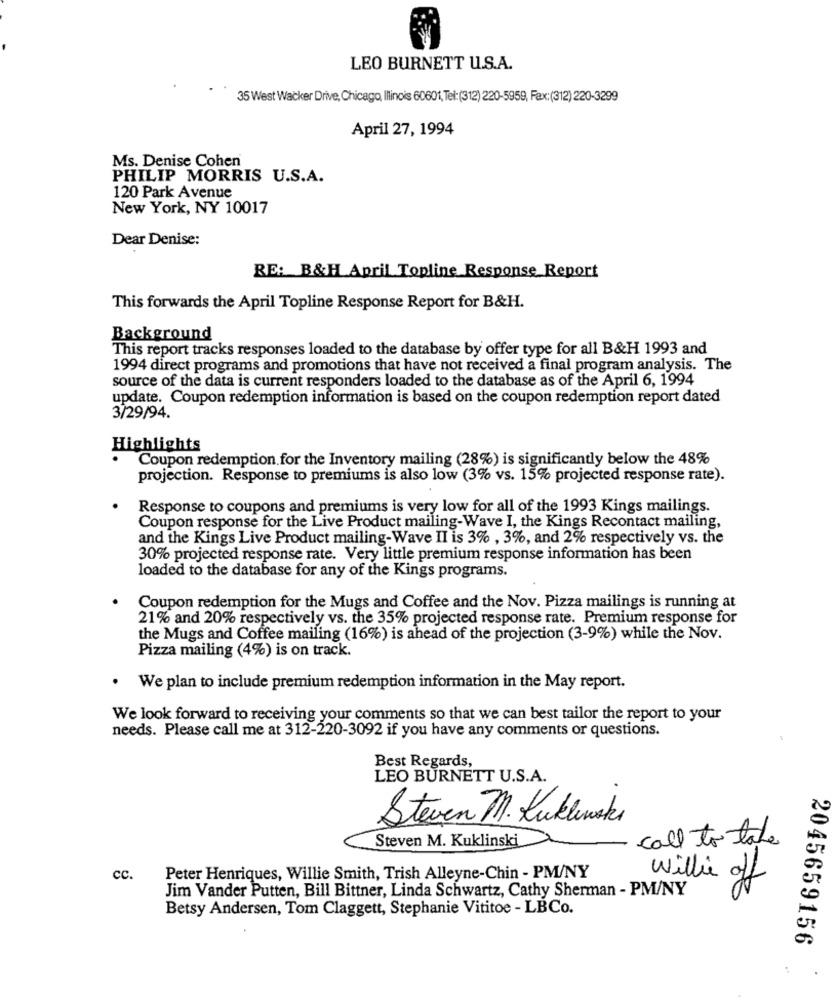
LEO BURNETT U.S.A.
35 West Wacker Drive, Chicago, Illinois 60601, Tel:(312) 220-5959, Fax: (312) 220-3299
April 27, 1994
Ms. Denise Cohen
PHILIP MORRIS U.S.A.
120 Park Avenue
New York, NY 10017
Dear Denise:
RE: B&H April Topline Response Report
This forwards the April Topline Response Report for B&H.
Background
This report tracks responses loaded to the database by offer type for all B&H 1993 and
1994 direct programs and promotions that have not received a final program analysis. The
source of the data is current responders loaded to the database as of the April 6, 1994
update. Coupon redemption information is based on the coupon redemption report dated
3/29/94.
Highlights
Coupon redemption for the Inventory mailing (28%) is significantly below the 48%
projection. Response to premiums is also low (3% vs. 15% projected response rate).
Response to coupons and premiums is very low for all of the 1993 Kings mailings.
Coupon response for the Live Product mailing-Wave I, the Kings Recontact mailing,
and the Kings Live Product mailing-Wave II is 3% , 3%, and 2% respectively vs. the
30% projected response rate. Very little premium response information has been
loaded to the database for any of the Kings programs.
Coupon redemption for the Mugs and Coffee and the Nov. Pizza mailings is running at
21% and 20% respectively vs. the 35% projected response rate. Premium response for
the Mugs and Coffee mailing (16%) is ahead of the projection (3-9%) while the Nov.
Pizza mailing (4%) is on track.
. We plan to include premium redemption information in the May report.
We look forward to receiving your comments so that we can best tailor the report to your
needs. Please call me at 312-220-3092 if you have any comments or questions.
Best Regards,
LEO BURNETT U.S.A.
Steven M. Kukliwaki
Steven M. Kuklinski
call to take
cc.
Peter Henriques, Willie Smith, Trish Alleyne-Chin - PM/NY
Jim Vander Putten, Bill Bittner, Linda Schwartz, Cathy Sherman - PM/NY
Willie off
Betsy Andersen, Tom Claggett, Stephanie Vititoe - LBCo.
2045659156